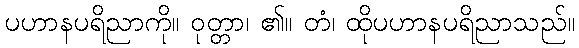
ပဟာနပရိညာကို။ ဝုတ္တာ၊ ၏။ တံ၊ ထိုပဟာနပရိညာသည်။